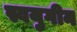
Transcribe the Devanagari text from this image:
स्वयुगीन